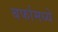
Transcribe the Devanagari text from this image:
बर्फामध्ये